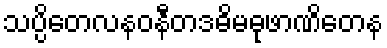
သပ္ပိတေလနဝနီတဒဓိမဓုဖာဏိတေန